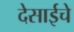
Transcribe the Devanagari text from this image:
देसाईचे